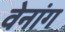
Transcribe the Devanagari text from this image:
वेनांग